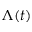
\Lambda ( t )